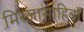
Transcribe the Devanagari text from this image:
मिरजासाहिबाँ